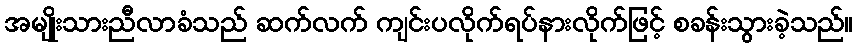
အမျိုးသားညီလာခံသည် ဆက်လက် ကျင်းပလိုက်ရပ်နားလိုက်ဖြင့် စခန်းသွားခဲ့သည်။